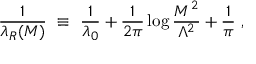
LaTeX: \frac { 1 } { \lambda _ { R } ( M ) } ~ \equiv ~ \frac { 1 } { \lambda _ { 0 } } + \frac { 1 } { 2 \pi } \log \frac { M ^ { 2 } } { \Lambda ^ { 2 } } + \frac { 1 } { \pi } ~ ,